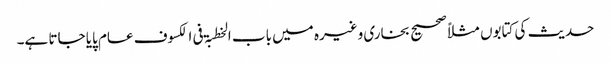
حدیث کی کتابوں مثلاً صحیح بخاری وغیرہ میں باب الخطبۃ فی الکسوف عام پایا جاتا ہے۔